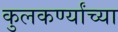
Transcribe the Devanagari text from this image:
कुलकर्ण्यांच्या